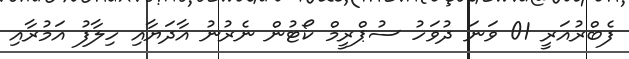
ފެބްރުއަރީ 01 ވަނަ ދުވަހު ސުޕްރީމް ކޯޓުން ނެރުނު އާދަޔާއި ހިލާފު އަމުރާއި